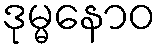
ဒုမ္မနောဝ